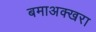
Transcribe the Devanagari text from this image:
बमाअक्खरा